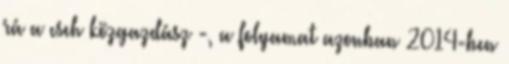
rá a cseh közgazdász -, a folyamat azonban 2014-ben